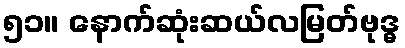
၅၁။ နောက်ဆုံးဆယ်လမြတ်ဗုဒ္ဓ